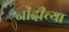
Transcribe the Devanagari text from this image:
नोंदीच्या